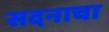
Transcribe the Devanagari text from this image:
सदनाचा